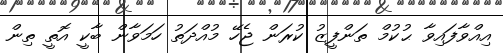
އިއްވާފައިވާ ޙުކުމް ތަންފީޒު ކުރަން ޖެހޭ މުއްދަތު ހަމަވާން ބާކީ އޮތީ ތިން